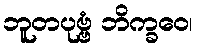
ဘူတပုဗ္ဗံ ဘိက္ခဝေ၊